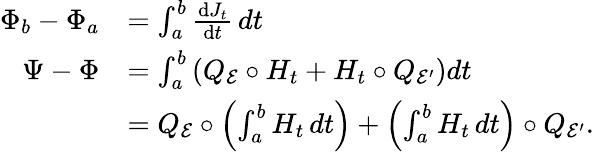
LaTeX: \begin{array}{rl}{\Phi_{b}-\Phi_{a}}&{=\int_{a}^{b}\frac{\mathrm{d}J_{t}}{\mathrm{d}t}\, dt}\\ {\Psi-\Phi}&{=\int_{a}^{b}\left(Q_{\mathcal{E}}\circ H_{t}+H_{t}\circ Q_{\mathcal{E}^{\prime}}\right)dt}\\ &{=Q_{\mathcal{E}}\circ\left(\int_{a}^{b}H_{t}\, dt\right)+\left(\int_{a}^{b}H_{t}\, dt\right)\circ Q_{\mathcal{E}^{\prime}}.}\end{array}